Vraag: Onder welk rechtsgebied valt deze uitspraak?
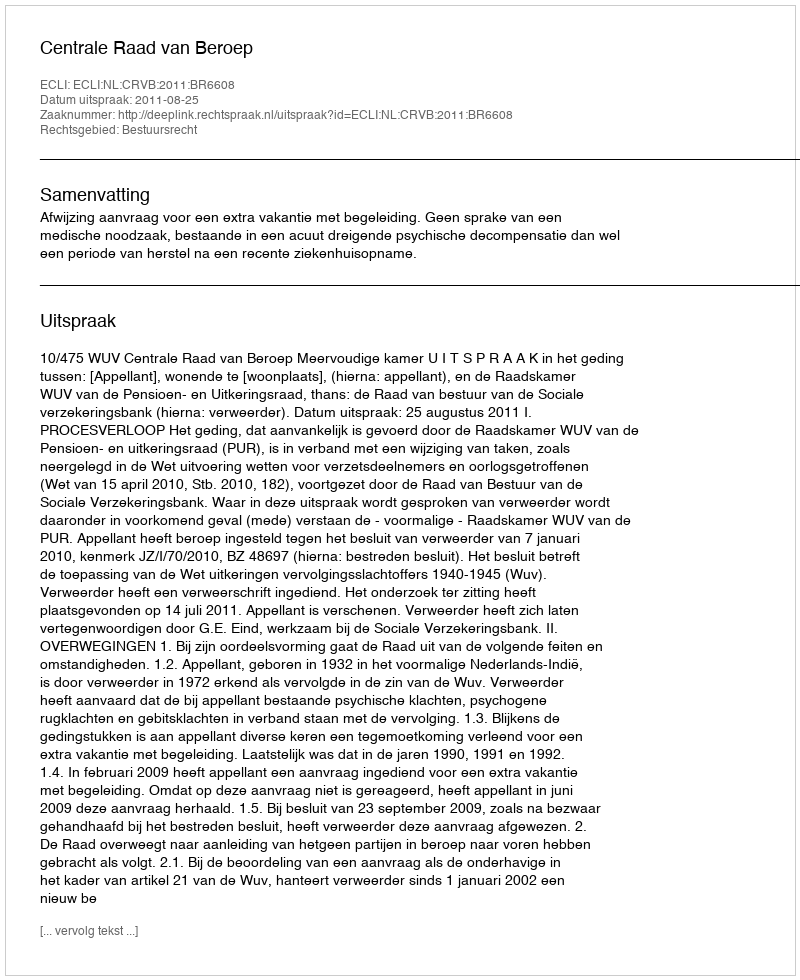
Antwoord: Bestuursrecht